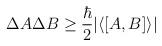
LaTeX: \begin{align*}\Delta A \Delta B \ge \frac{\hbar}{2} \vert \langle [A,B] \rangle \vert\end{align*}